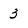
Character: 3